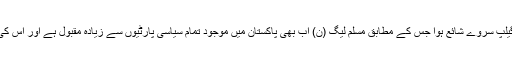
امریکی اخبار میں گیلپ سروے شائع ہوا جس کے مطابق مسلم لیگ (ن) اب بھی پاکستان میں موجود تمام سیاسی پارٹیوں سے زیادہ مقبول ہے اور اس کی برتری واضح ہے۔